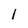
Character: I